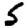
Digit: 5